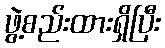
ဖွဲ့စည်းထားရှိပြီး